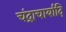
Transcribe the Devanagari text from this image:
चंद्राचार्यादि